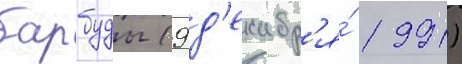
барбуды (9 д'екабр'я́ 1991)